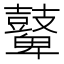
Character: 鼙